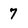
Character: 7